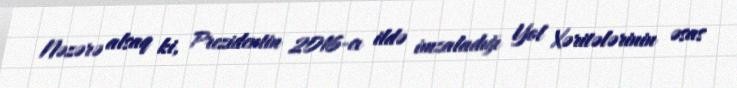
Nəzərə alsaq ki, Prezidentin 2016-cı ildə imzaladığı Yol Xəritələrinin əsas